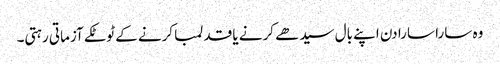
وہ سارا سارا دن اپنے بال سیدھے کرنے یا قد لمبا کرنے کے ٹوٹکے آزماتی رہتی۔